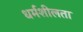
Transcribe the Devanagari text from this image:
धर्मशीलता